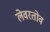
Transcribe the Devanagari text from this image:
लेवरतोव